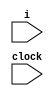
module main (i, clock);
input i,clock;
reg [19:0]a,b,c;

initial a = 1;
initial b = 5;
initial c = 7;

always @ (posedge clock) begin
	a <= b;	
	b <= c;
	c <= a;
end
endmodule